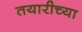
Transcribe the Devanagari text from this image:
तयारीच्या